Vaccine operations Central Provinces 1868-1885 - 1868-1885
Year: 1868
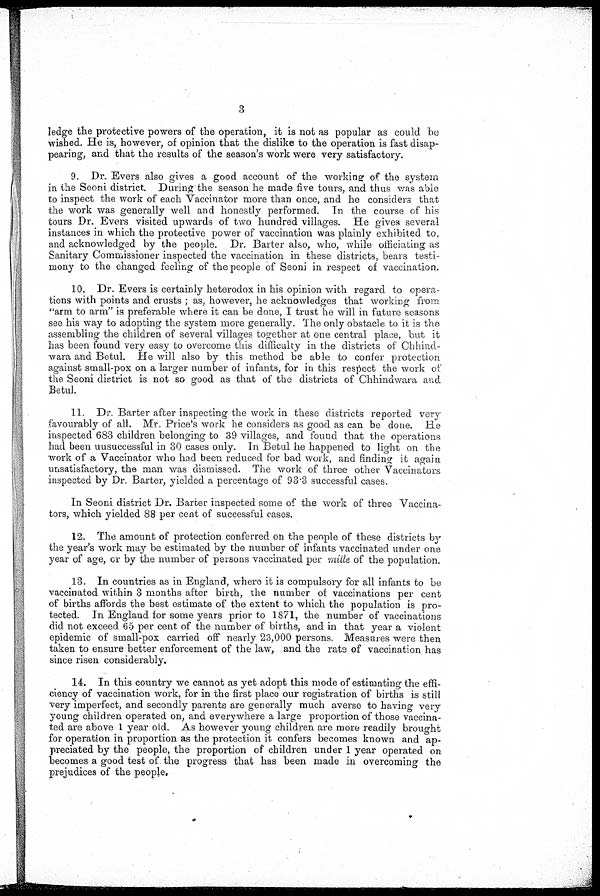
3
ledge the protective powers of the operation, it is not as popular as could be
wished. He is, however, of opinion that the dislike to the operation is fast disap-
pearing, and that the results of the season's work were very satisfactory.
9. Dr. Evers also gives a good account of the working of the system
in the Seoni district. During the season he made five tours, and thus was able
to inspect the work of each Vaccinator more than once, and he considers that
the work was generally well and honestly performed. In the course of his
tours Dr. Evers visited upwards of two hundred villages. He gives several
instances in which the protective power of vaccination was plainly exhibited to,
and acknowledged by the people. Dr. Barter also, who, while officiating as
Sanitary Commissioner inspected the vaccination in these districts, bears testi-
mony to the changed feeling of the people of Seoni in respect of vaccination.
10. Dr. Evers is certainly heterodox in his opinion with regard to opera-
tions with points and crusts ; as, however, he acknowledges that working from
"arm to arm" is preferable where it can be done, I trust he will in future seasons
see his way to adopting the system more generally. The only obstacle to it is the
assembling the children of several villages together at one central place, but it
has been found very easy to overcome this difficulty in the districts of Chhind-
wara and Betul. He will also by this method be able to confer protection
against small-pox on a larger number of infants, for in this respect the work of
the Seoni district is not so good as that of the districts of Chhindwara and
Betul.
11. Dr. Barter after inspecting the work in these districts reported very
favourably of all. Mr. Price's work he considers as good as can be done. He
inspected 683 children belonging to 39 villages, and found that the operations
had been uusuccessful in 30 cases only. In Betul he happened to light on the
work of a Vaccinator who had been reduced for bad work, and finding it again
unsatisfactory, the man was dismissed. The work of three other Vaccinators
inspected by Dr. Barter, yielded a percentage of 93.3 successful cases.
In Seoni district Dr. Barter inspected some of the work of three Vaccina-
tors, which yielded 88 per cent of successful cases.
12. The amount of protection conferred on the people of these districts by
the year's work may be estimated by the number of infants vaccinated under one
year of age, or by the number of persons vaccinated per mille of the population.
13. In countries as in England, where it is compulsory for all infants to be
vaccinated within 3 months after birth, the number of vaccinations per cent
of births affords the best estimate of the extent to which the population is pro-
tected. In England for some years prior to 1871, the number of vaccinations
did not exceed 65 per cent of the number of births, and in that year a violent
epidemic of small-pox carried off nearly 23,000 persons. Measures were then
taken to ensure better enforcement of the law, and the rate of vaccination has
since risen considerably.
14. In this country we cannot as yet adopt this mode of estimating the effi-
ciency of vaccination work, for in the first place our registration of births is still
very imperfect, and secondly parents are generally much averse to having very
young children operated on, and everywhere a large proportion of those vaccina-
ted are above 1 year old. As however young children are more readily brought
for operation in proportion as the protection it confers becomes known and ap-
preciated by the people, the proportion of children under 1 year operated on
becomes a good test of the progress that has been made in overcoming the
prejudices of the people.